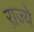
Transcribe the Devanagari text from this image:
रा़ज्ये